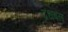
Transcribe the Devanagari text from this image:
द्रधबल